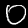
Digit: 0